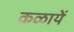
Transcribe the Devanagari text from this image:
कळायें